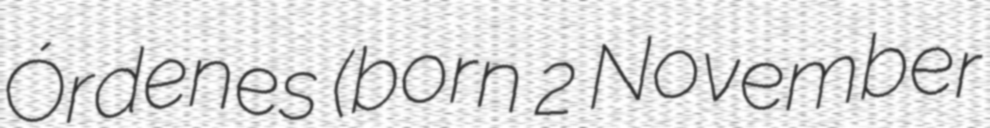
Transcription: Órdenes (born 2 November